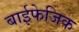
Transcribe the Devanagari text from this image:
बाईफेजिक